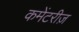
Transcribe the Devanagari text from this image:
कमेंटरीज़